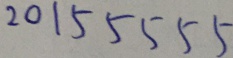
2 0 1 5 5 5 5 5